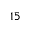
1 5